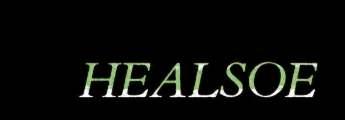
HEALSOE